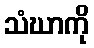
သံဃာကို